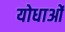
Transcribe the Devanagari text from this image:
योधाओं